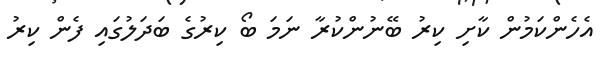
އެހެންކަމުން ކާށި ކިރު ބޭނުންކުރާ ނަމަ ބޯ ކިރުގެ ބަދަލުގައި ފެން ކިރު